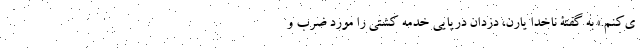
ی‌کنم.» به گفتۀ ناخدا یارِن، دزدان دریایی خدمه کشتی را مورد ضرب و